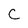
Character: c